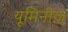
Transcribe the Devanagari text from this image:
यूमिनीज़